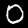
Digit: 0